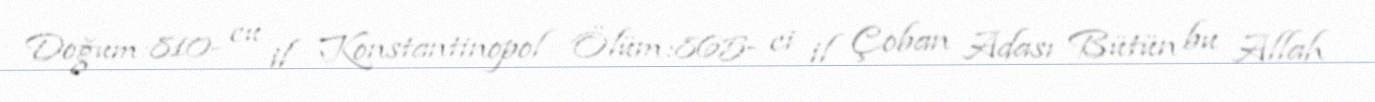
Doğum:810- cu il Konstantinopol Ölüm:865- ci il Çoban Adası Bütün bu Allah